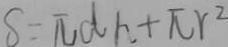
s = \pi d h + \pi r ^ { 2 }